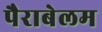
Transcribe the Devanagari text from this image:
पैराबेलम